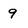
Character: 9